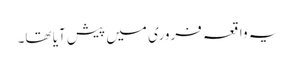
یہ واقعہ فروری میں پیش آیا تھا۔